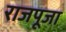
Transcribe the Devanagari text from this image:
राजपूजा